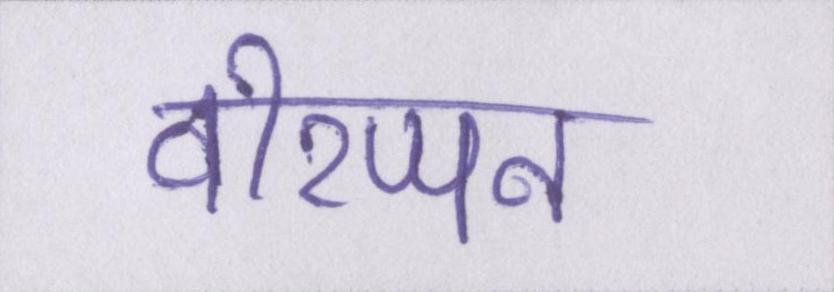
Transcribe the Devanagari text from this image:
वीरप्पन